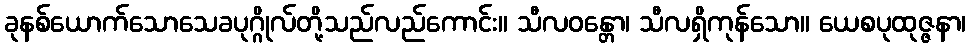
ခုနစ်ယောက်သောသေခပုဂ္ဂိုလ်တို့သည်လည်ကောင်း။ သီလဝန္တော၊ သီလရှိကုန်သော။ ယေစပုထုဇ္ဇနာ၊